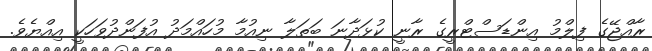
ރާއްޖޭގެ ފިލްމު އިންޑަސްޓްރީގެ ރާނީ ކުޅަދާނަ ބަތަލާ ނިއުމާ މުހައްމަދު އުފަންދުވަހަކީ އިއްޔެވެ.